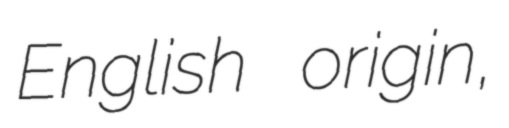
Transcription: English origin,